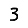
Digit: 3